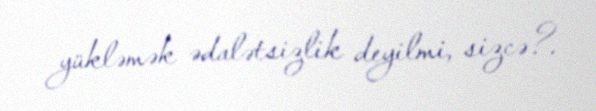
yükləmək ədalətsizlik deyilmi, sizcə?.